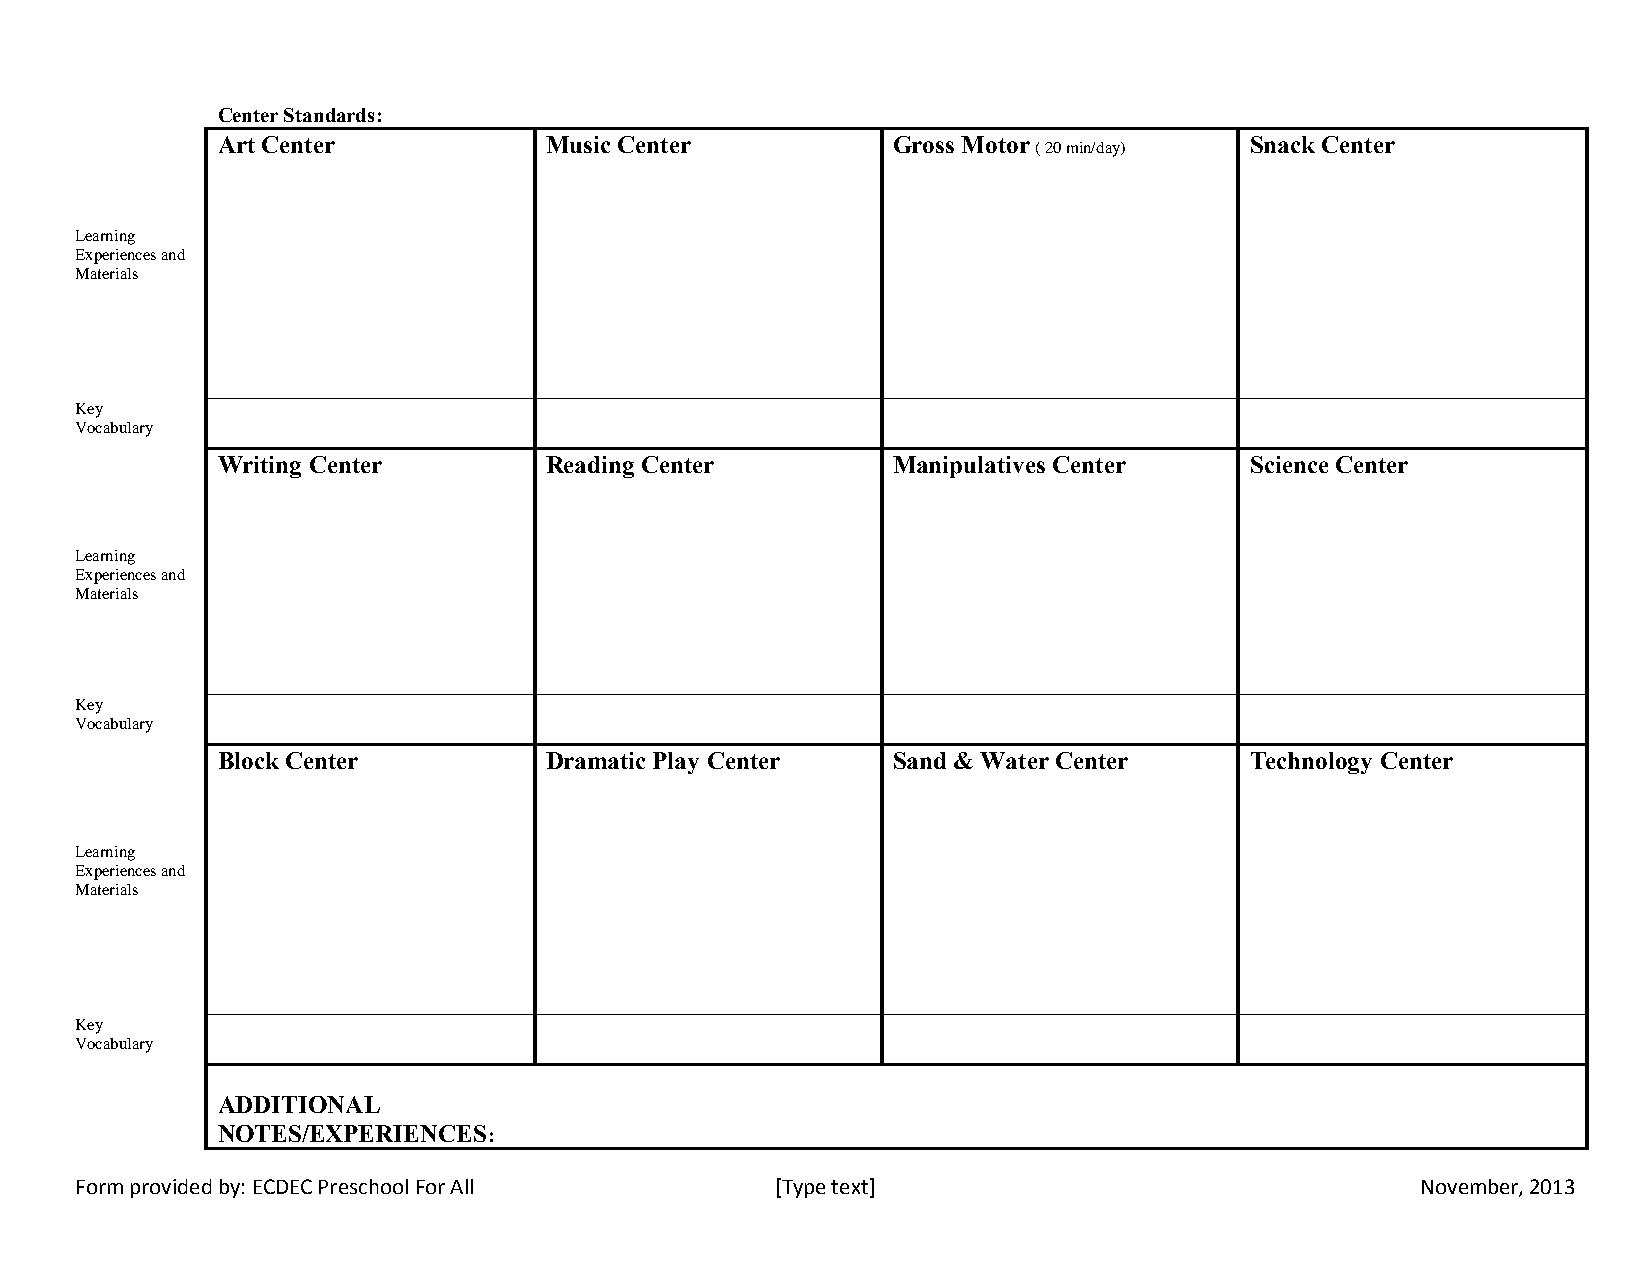
Center Standards:
 Art Center            Music Center           Gross Motor ( 20 min/day) Snack Center
 Learning
 Experiences and
 Materials
 Key
 Vocabulary
 Writing Center        Reading Center         Manipulatives Center    Science Center
 Learning
 Experiences and
 Materials
 Key
 Vocabulary
 Block Center          Dramatic Play Center   Sand & Water Center     Technology Center
 Learning
 Experiences and
 Materials
 Key
 Vocabulary
 ADDITIONAL
 NOTES/EXPERIENCES:
 Form provided by: ECDEC Preschool For All     [Type text]                                November, 2013